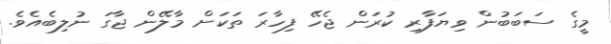
މީގެ ސަބަބުން ވިޔަފާރި ކުރަން ޖެހޭ ފިހާރަ ތަކަށް މާލޭން ޖާގަ ނުލިބެއެވެ.